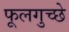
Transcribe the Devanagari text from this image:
फूलगुच्छे